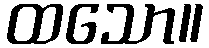
ထသော။